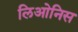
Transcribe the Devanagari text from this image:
लिओनिस